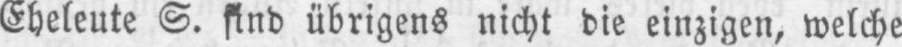
Eheleute S. sind übrigens nicht die einzigen, welche